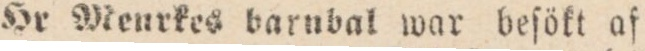
Hr Menrkes barnbal war beſökt af